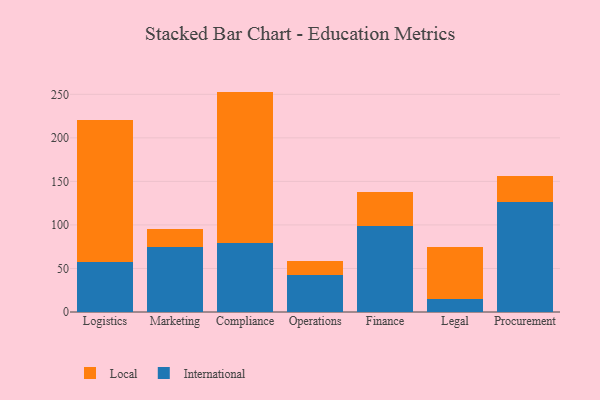
{"axis": {"x": "Department", "y": "Net Income (USD K)"}, "legend": ["International", "Local"], "data": [{"x": "Logistics", "y": 57.4, "type": "International"}, {"x": "Logistics", "y": 162.9, "type": "Local"}, {"x": "Marketing", "y": 74.5, "type": "International"}, {"x": "Marketing", "y": 20.5, "type": "Local"}, {"x": "Compliance", "y": 79.1, "type": "International"}, {"x": "Compliance", "y": 174.0, "type": "Local"}, {"x": "Operations", "y": 42.2, "type": "International"}, {"x": "Operations", "y": 16.2, "type": "Local"}, {"x": "Finance", "y": 98.5, "type": "International"}, {"x": "Finance", "y": 39.7, "type": "Local"}, {"x": "Legal", "y": 15.0, "type": "International"}, {"x": "Legal", "y": 59.7, "type": "Local"}, {"x": "Procurement", "y": 126.4, "type": "International"}, {"x": "Procurement", "y": 29.7, "type": "Local"}]}